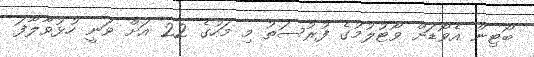
ބޯޓިން އެވޯޑަށް ވޯޓުލުމުގެ ފުރުސަތު މި މަހުގެ 22 އަށް ވަނީ ހުޅުވާލާފަ